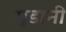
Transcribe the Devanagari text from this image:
मृडानी